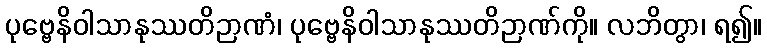
ပုဗ္ဗေနိဝါသာနုဿတိဉာဏံ၊ ပုဗ္ဗေနိဝါသာနုဿတိဉာဏ်ကို။ လဘိတွာ၊ ရ၍။